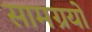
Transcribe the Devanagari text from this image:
सामग्रयों